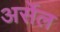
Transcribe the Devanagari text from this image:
अर्सेल